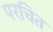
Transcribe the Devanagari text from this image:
परचित